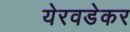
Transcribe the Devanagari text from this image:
येरवडेकर